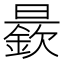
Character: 𱢭